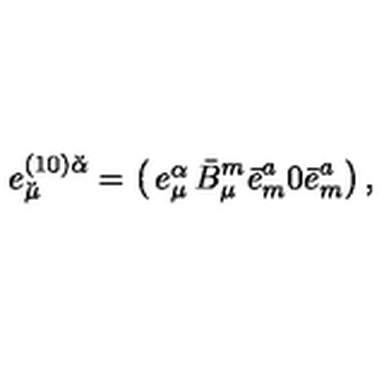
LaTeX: e _ { \breve { \mu } } ^ { ( 1 0 ) \breve { \alpha } } = \left( \begin{matrix} { e _ { \mu } ^ { \alpha } } & { \bar { B } _ { \mu } ^ { m } \bar { e } _ { m } ^ { a } } \\ { 0 } & { \bar { e } _ { m } ^ { a } } \\ \end{matrix} \right) ,